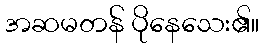
အဆမတန် ပိုနေသေး၏။